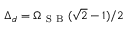
\Delta _ { d } = \Omega _ { \mathrm { ~ S ~ B ~ } } ( \sqrt { 2 } - 1 ) / 2